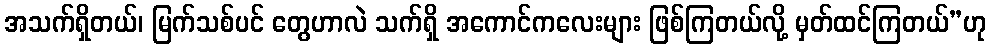
အသက်ရှိတယ်၊ မြက်သစ်ပင် တွေဟာလဲ သက်ရှိ အကောင်ကလေးများ ဖြစ်ကြတယ်လို့ မှတ်ထင်ကြတယ်”ဟု